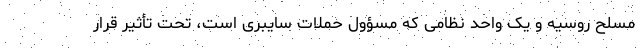
مسلح روسیه و یک واحد نظامی که مسؤول حملات سایبری است، تحت تأثیر قرار